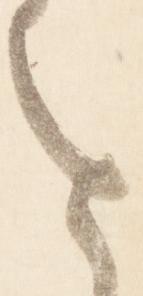
を